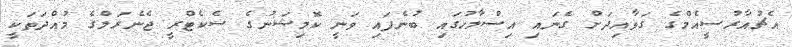
އެޗުއާރުސީއެމްގެ ގަވާއިދަށް ގެނައި އިސްލާހުގައި ބުނެފައި ވަނީ ކޮމިޝަނުގެ ސެކެޓްރީ ޖެނެރަލްގެ މުއްދަތަކީ